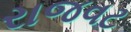
રાજવટ